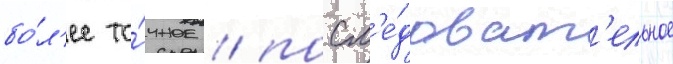
бо́л'ее то́чное / посл'е́доват'ельное